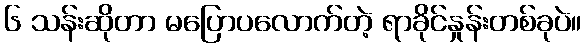
၆ သန်းဆိုတာ မပြောပလောက်တဲ့ ရာခိုင်နှုန်းတစ်ခုပဲ။